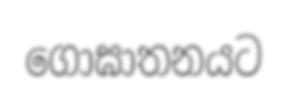
ගොඝාතනයට